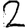
Digit: 2